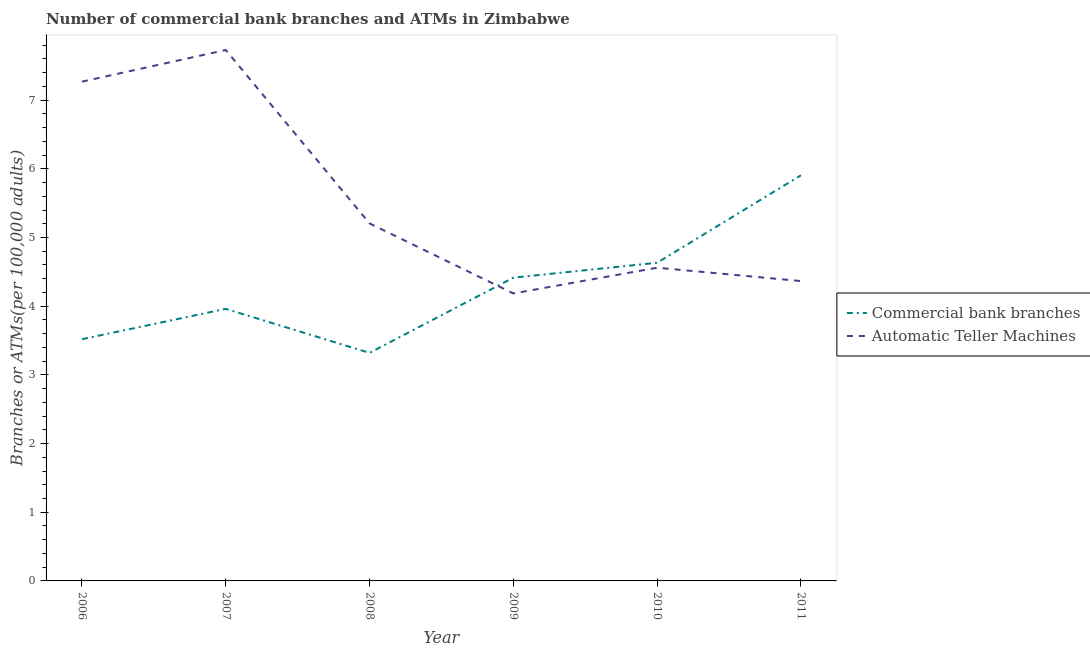
| Year | Commercial bank branches | Automatic Teller Machines |
 | --- | --- | --- |
 | 2006 | 3.52 | 7.27 |
 | 2007 | 3.96 | 7.73 |
 | 2008 | 3.32 | 5.21 |
 | 2009 | 4.42 | 4.19 |
 | 2010 | 4.63 | 4.56 |
 | 2011 | 5.91 | 4.37 |